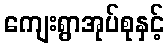
ကျေးရွာအုပ်စုနှင့်